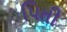
પિતી